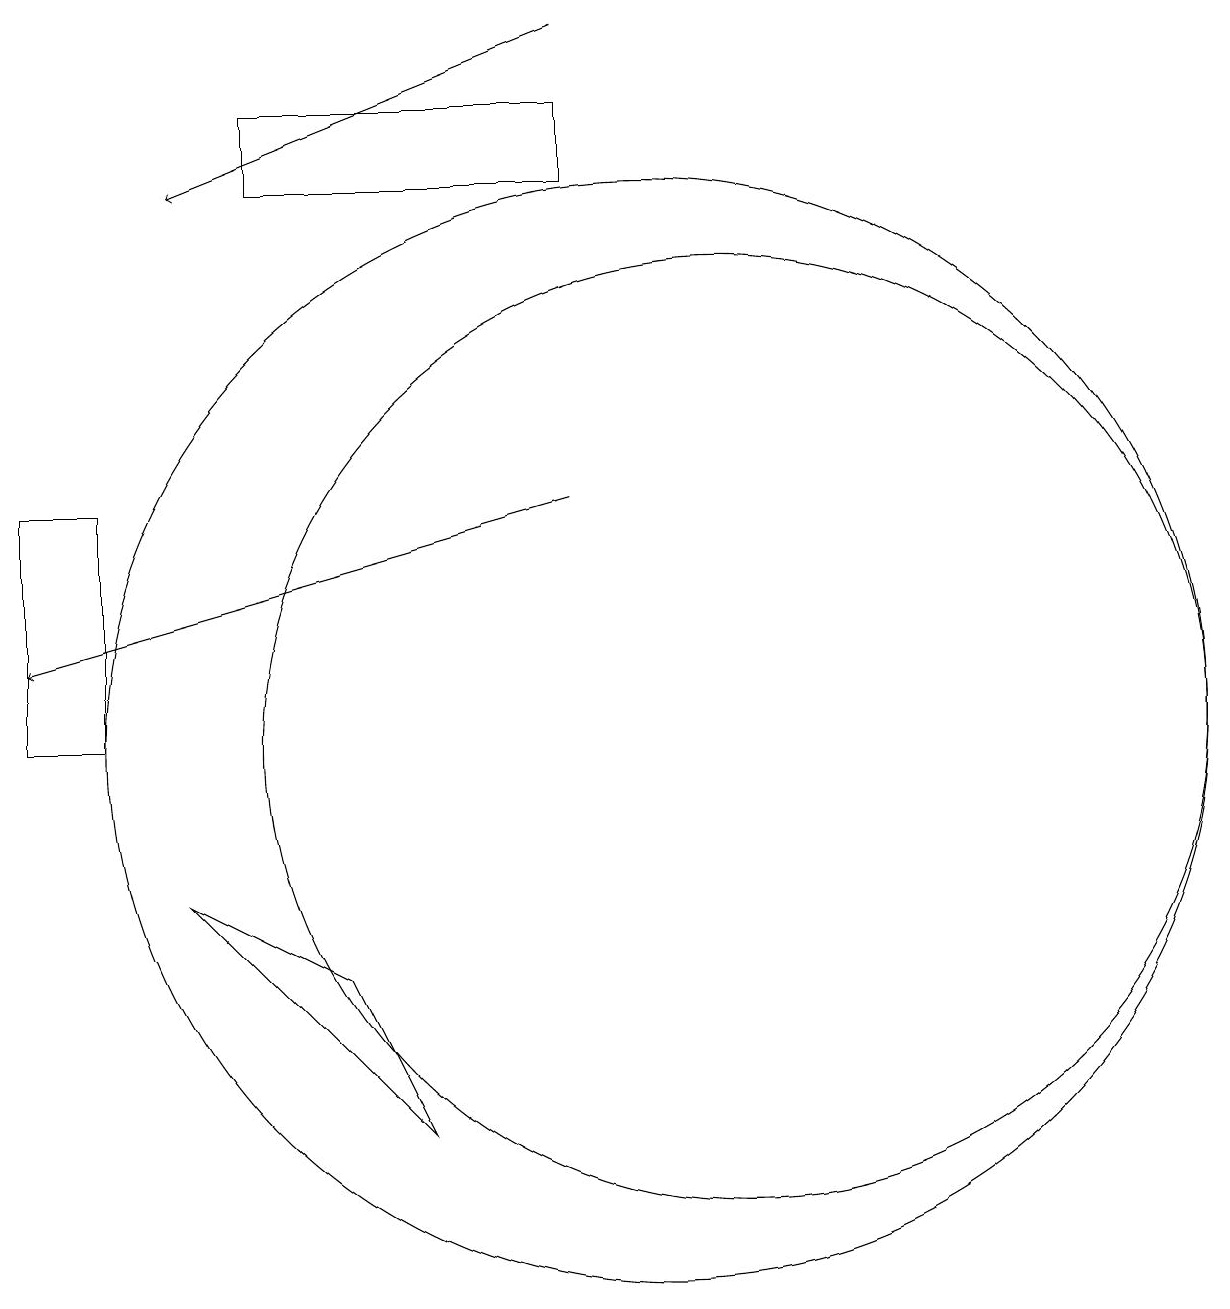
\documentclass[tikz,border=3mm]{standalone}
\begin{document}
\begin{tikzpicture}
\draw (10,10) circle (7);
\draw (11,10) circle (6);
\draw (5,18) rectangle (9,17);
\draw[->] (9,13) -- (2,11);
\draw[->] (9,19) -- (4,17);
\draw (2,13) rectangle (3,10);
\draw (6,7) -- (4,8) -- (7,5) -- cycle;
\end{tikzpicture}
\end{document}